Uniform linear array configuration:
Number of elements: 16
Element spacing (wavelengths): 1
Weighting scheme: exponential
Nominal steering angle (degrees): -30
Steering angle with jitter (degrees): -31.409
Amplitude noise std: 0.05
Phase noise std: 0.05

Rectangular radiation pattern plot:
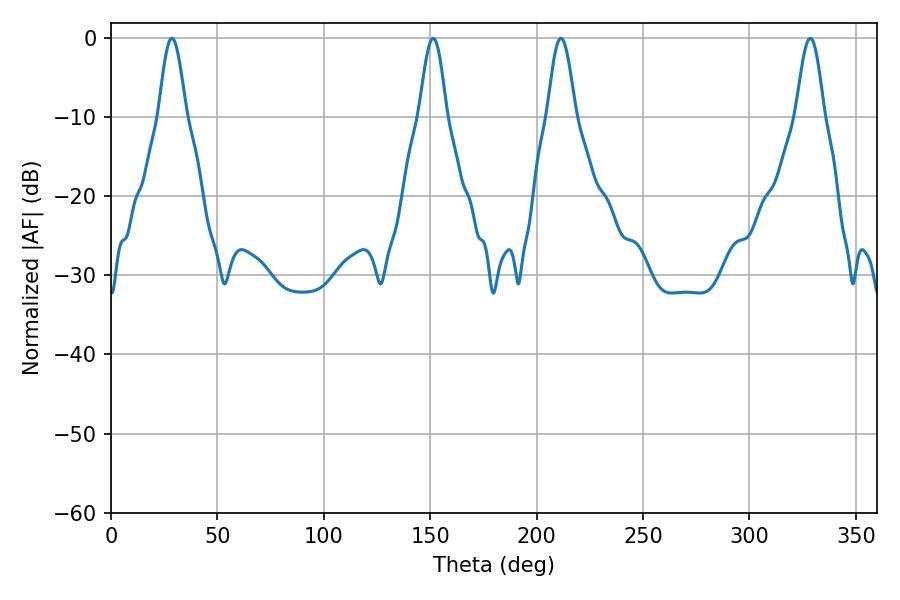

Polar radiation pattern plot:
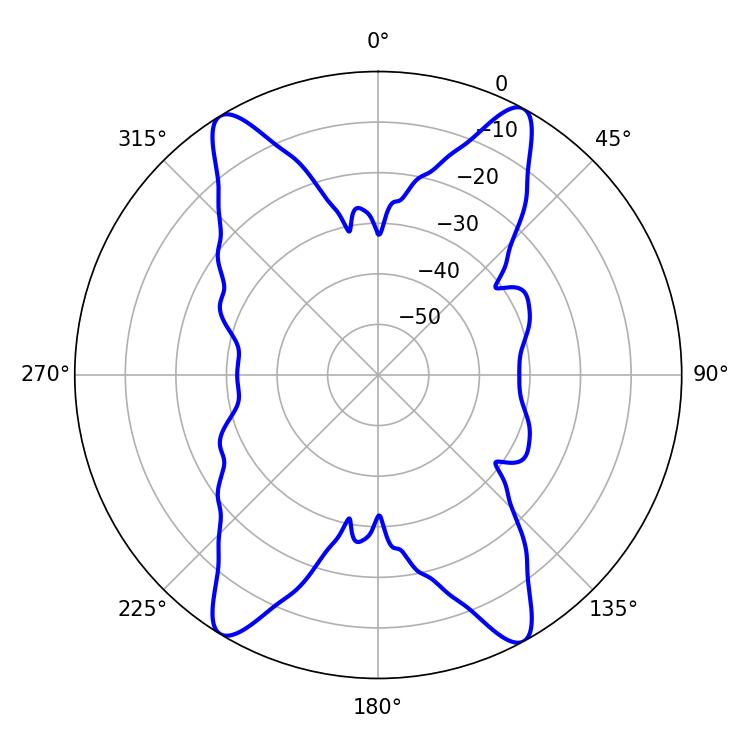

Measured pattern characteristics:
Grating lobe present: TRUE
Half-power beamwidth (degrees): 6.84
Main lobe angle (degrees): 28.62